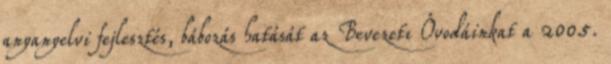
anyanyelvi fejlesztés, bábozás hatását az Bevezetı Óvodáinkat a 2005.